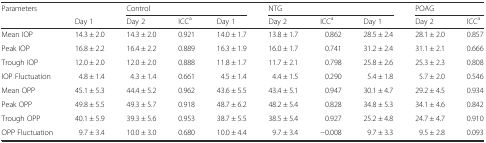
<table><thead><tr><td rowspan="2"><b>Parameters</b></td><td></td><td colspan="3"><b>Control</b></td><td colspan="3"><b>NTG</b></td><td colspan="2"><b>POAG</b></td></tr><tr><td><b>Day 1</b></td><td><b>Day 2</b></td><td><b>ICC<sup>a</sup></b></td><td><b>Day 1</b></td><td><b>Day 2</b></td><td><b>ICC<sup>a</sup></b></td><td><b>Day 1</b></td><td><b>Day 2</b></td><td><b>ICC<sup>a</sup></b></td></tr></thead><tbody><tr><td>Mean IOP</td><td>14.3 ± 2.0</td><td>14.3 ± 2.0</td><td>0.921</td><td>14.0 ± 1.7</td><td>13.8 ± 1.7</td><td>0.862</td><td>28.5 ± 2.4</td><td>28.1 ± 2.0</td><td>0.857</td></tr><tr><td>Peak IOP</td><td>16.8 ± 2.2</td><td>16.4 ± 2.2</td><td>0.889</td><td>16.3 ± 1.9</td><td>16.0 ± 1.7</td><td>0.741</td><td>31.2 ± 2.4</td><td>31.1 ± 2.1</td><td>0.666</td></tr><tr><td>Trough IOP</td><td>12.0 ± 2.0</td><td>12.0 ± 2.0</td><td>0.888</td><td>11.8 ± 1.7</td><td>11.7 ± 2.1</td><td>0.798</td><td>25.8 ± 2.6</td><td>25.3 ± 2.3</td><td>0.808</td></tr><tr><td>IOP Fluctuation</td><td>4.8 ± 1.4</td><td>4.3 ± 1.4</td><td>0.661</td><td>4.5 ± 1.4</td><td>4.4 ± 1.5</td><td>0.290</td><td>5.4 ± 1.8</td><td>5.7 ± 2.0</td><td>0.546</td></tr><tr><td>Mean OPP</td><td>45.1 ± 5.3</td><td>44.4 ± 5.2</td><td>0.962</td><td>43.6 ± 5.5</td><td>43.4 ± 5.1</td><td>0.947</td><td>30.1 ± 4.7</td><td>29.2 ± 4.5</td><td>0.934</td></tr><tr><td>Peak OPP</td><td>49.8 ± 5.5</td><td>49.3 ± 5.7</td><td>0.918</td><td>48.7 ± 6.2</td><td>48.2 ± 5.4</td><td>0.828</td><td>34.8 ± 5.3</td><td>34.1 ± 4.6</td><td>0.842</td></tr><tr><td>Trough OPP</td><td>40.1 ± 5.9</td><td>39.3 ± 5.6</td><td>0.953</td><td>38.7 ± 5.5</td><td>38.5 ± 5.4</td><td>0.927</td><td>25.2 ± 4.8</td><td>24.7 ± 4.7</td><td>0.910</td></tr><tr><td>OPP Fluctuation</td><td>9.7 ± 3.4</td><td>10.0 ± 3.0</td><td>0.680</td><td>10.0 ± 4.4</td><td>9.7 ± 3.4</td><td>−0.008</td><td>9.7 ± 3.3</td><td>9.5 ± 2.8</td><td>0.093</td></tr></tbody></table>